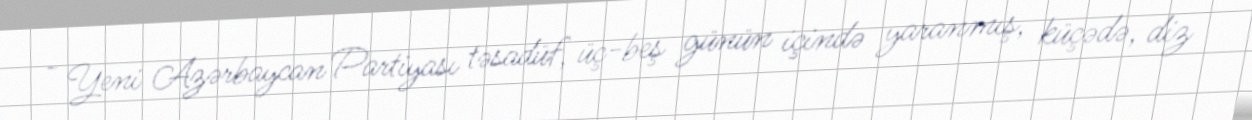
- Yeni Azərbaycan Partiyası təsadüf, üç-beş günün içində yaranmış, küçədə, diz